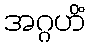
အဂ္ဂဟိံ